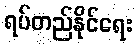
ရပ်တည်နိုင်ရေး